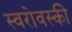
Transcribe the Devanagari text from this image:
स्वरोवस्की